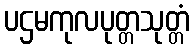
ပဌမကုလပုတ္တသုတ္တံ